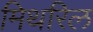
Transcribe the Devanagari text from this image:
मिथरिल